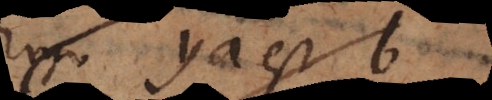
Ergo ya est b